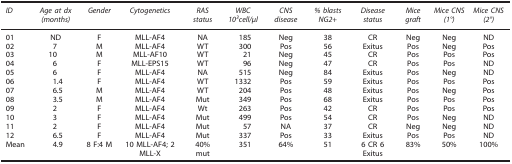
<table><thead><tr><td><b><i>ID</i></b></td><td><b><i>Age at dx (months)</i></b></td><td><b><i>Gender</i></b></td><td><b><i>Cytogenetics</i></b></td><td><b><i>RAS status</i></b></td><td><b><i>WBC 10</i><sup><i>3</i></sup><i>cell/μl</i></b></td><td><b><i>CNS disease</i></b></td><td><b><i>% blasts NG2+</i></b></td><td><b><i>Disease status</i></b></td><td><b><i>Mice graft</i></b></td><td><b><i>Mice CNS (1°)</i></b></td><td><b><i>Mice CNS (2°)</i></b></td></tr></thead><tbody><tr><td>01</td><td>ND</td><td>F</td><td>MLL-AF4</td><td>NA</td><td>185</td><td>Neg</td><td>38</td><td>CR</td><td>Neg</td><td>Neg</td><td>ND</td></tr><tr><td>02</td><td>7</td><td>M</td><td>MLL-AF4</td><td>WT</td><td>300</td><td>Pos</td><td>56</td><td>Exitus</td><td>Pos</td><td>Neg</td><td>Pos</td></tr><tr><td>03</td><td>10</td><td>M</td><td>MLL-AF10</td><td>WT</td><td>21</td><td>Neg</td><td>45</td><td>CR</td><td>Pos</td><td>Pos</td><td>Pos</td></tr><tr><td>04</td><td>6</td><td>F</td><td>MLL-EPS15</td><td>WT</td><td>96</td><td>Neg</td><td>47</td><td>CR</td><td>Pos</td><td>Pos</td><td>ND</td></tr><tr><td>05</td><td>6</td><td>F</td><td>MLL-AF4</td><td>NA</td><td>515</td><td>Neg</td><td>84</td><td>Exitus</td><td>Pos</td><td>Neg</td><td>ND</td></tr><tr><td>06</td><td>1.4</td><td>F</td><td>MLL-AF4</td><td>WT</td><td>1332</td><td>Pos</td><td>59</td><td>Exitus</td><td>Pos</td><td>Pos</td><td>Pos</td></tr><tr><td>07</td><td>6.5</td><td>M</td><td>MLL-AF4</td><td>WT</td><td>204</td><td>Pos</td><td>48</td><td>Exitus</td><td>Pos</td><td>Neg</td><td>Pos</td></tr><tr><td>08</td><td>3.5</td><td>M</td><td>MLL-AF4</td><td>Mut</td><td>349</td><td>Pos</td><td>68</td><td>Exitus</td><td>Pos</td><td>Pos</td><td>Pos</td></tr><tr><td>09</td><td>2</td><td>F</td><td>MLL-AF4</td><td>Wt</td><td>263</td><td>Pos</td><td>42</td><td>CR</td><td>Pos</td><td>Pos</td><td>Pos</td></tr><tr><td>10</td><td>3</td><td>F</td><td>MLL-AF4</td><td>Mut</td><td>499</td><td>Pos</td><td>54</td><td>CR</td><td>Pos</td><td>Neg</td><td>ND</td></tr><tr><td>11</td><td>2</td><td>F</td><td>MLL-AF4</td><td>Mut</td><td>57</td><td>NA</td><td>37</td><td>CR</td><td>Neg</td><td>Neg</td><td>ND</td></tr><tr><td>12</td><td>6.5</td><td>F</td><td>MLL-AF4</td><td>Mut</td><td>337</td><td>Pos</td><td>33</td><td>Exitus</td><td>Pos</td><td>Pos</td><td>ND</td></tr><tr><td>Mean</td><td>4.9</td><td>8 F:4 M</td><td>10 MLL-AF4; 2 MLL-X</td><td>40% mut</td><td>351</td><td>64%</td><td>51</td><td>6 CR 6 Exitus</td><td>83%</td><td>50%</td><td>100%</td></tr></tbody></table>